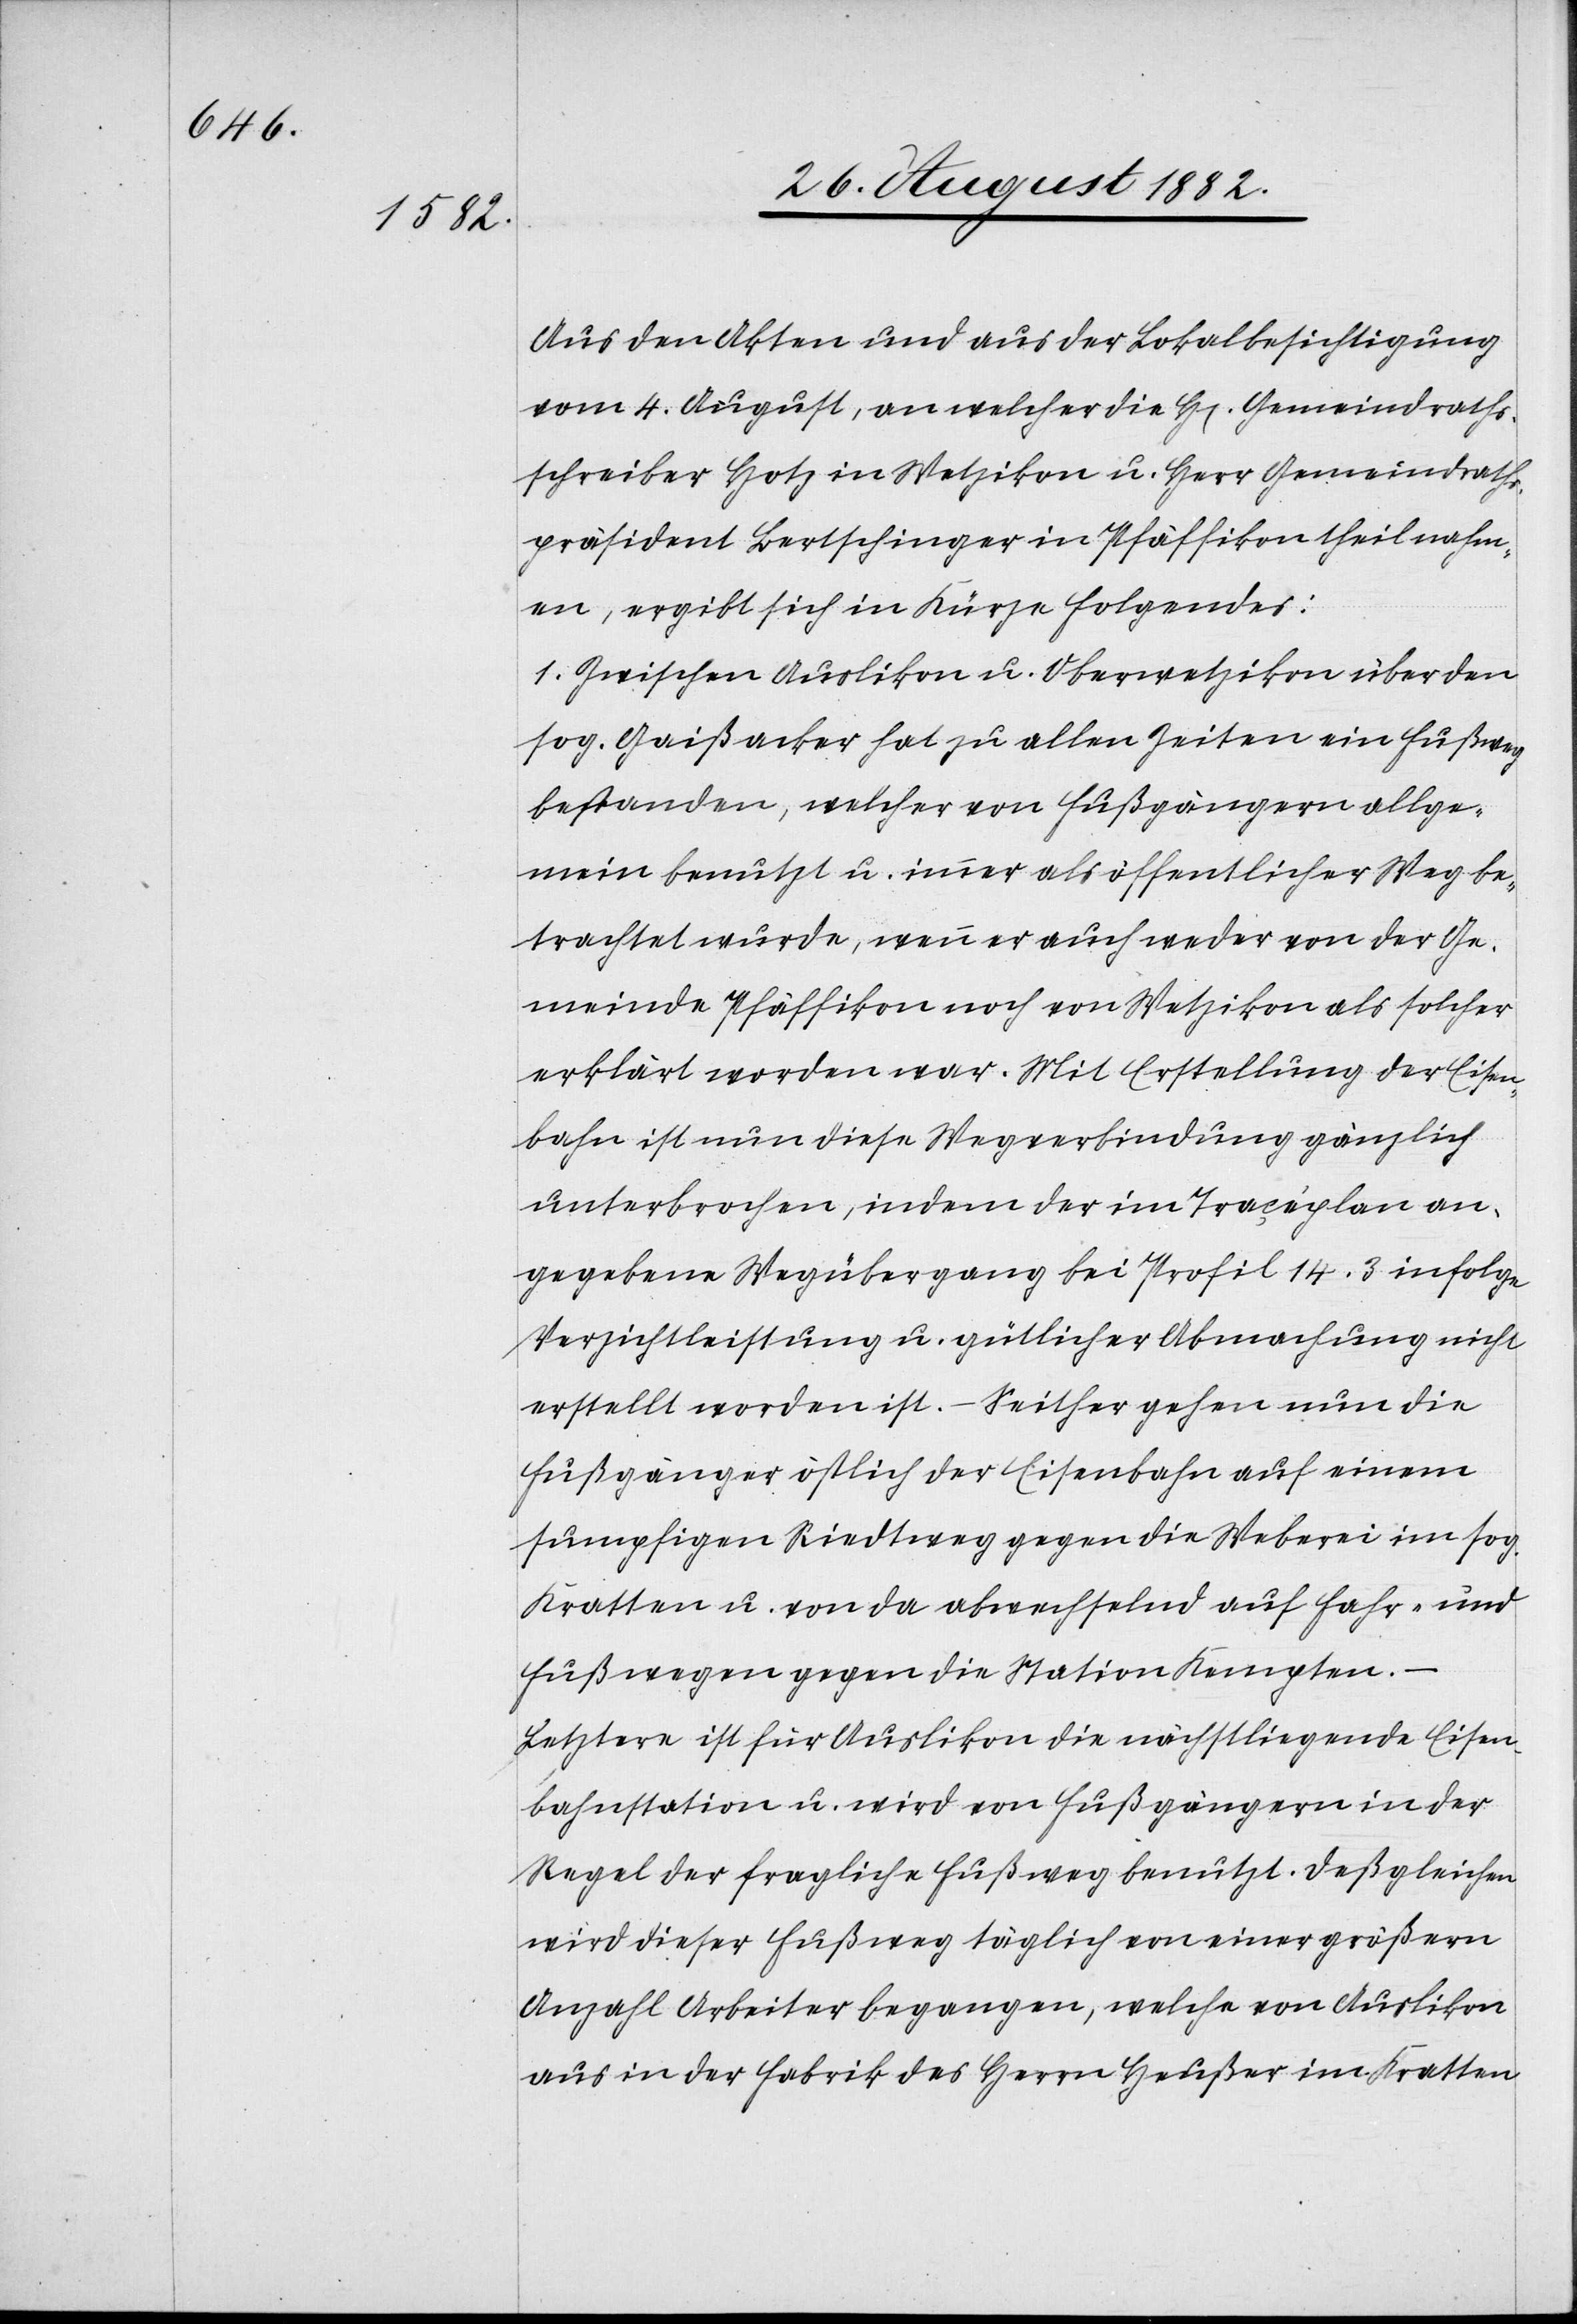
Aus den Akten und aus der Lokalbesichtigung
vom 4. August, an welche die H[erren] Gemeindraths¬
schreiber Hotz in Wetzikon u. Herr Gemeindraths¬
präsident Bertschinger in Pfäffikon theil nahm¬
en, ergibt sich in Kürze folgendes:
1. Zwischen Auslikon u. Oberwetzikon über den
sog. Gaißacker hat zu allen Zeiten ein Fußweg
bestanden, welcher von Fußgängern allge¬
mein benutzt u. immer als öffentlicher Weg be¬
trachtet wurde, wenn er auch weder von der Ge¬
meinde Pfäffikon noch von Wetzikon als solcher
erklärt worden war. Mit Erstellung der Eisen¬
bahn ist nun diese Wegverbindung gänzlich
unterbrochen, indem der im Traçéplan an¬
gegebene Wegübergang bei Profil 14.3 infolge
Verzichtleistung u. gütlicher Abmachung nicht
erstellt worden ist. – Seither gehen nun die
Fußgänger östlich der Eisenbahn auf einem
sumpfigen Riedtweg gegen die Weberei im sog.
Kratten u. von da abwechselnd auf Fahr- und
Fußwegen gegen die Station Kempten.
Letztere ist für Auslikon die nächstliegende Eisen¬
bahnstation u. wird von Fußgängern in der
Regel der fragliche Fußweg benutzt. Deßgleichen
wird dieser Fußweg täglich von einer größern
Anzahl Arbeiter begangen, welche von Auslikon
aus in der Fabrik des Herrn Heußer im Kratten